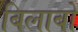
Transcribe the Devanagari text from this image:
बिलाबो